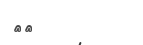
٧٠